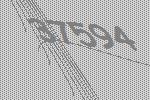
37594